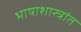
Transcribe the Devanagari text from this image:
भाषाशास्त्रांत